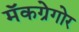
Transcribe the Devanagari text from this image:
मॅकग्रेगोर